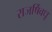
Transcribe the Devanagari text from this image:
राजर्षिवधू